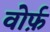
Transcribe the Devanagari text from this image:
वोर्फ़